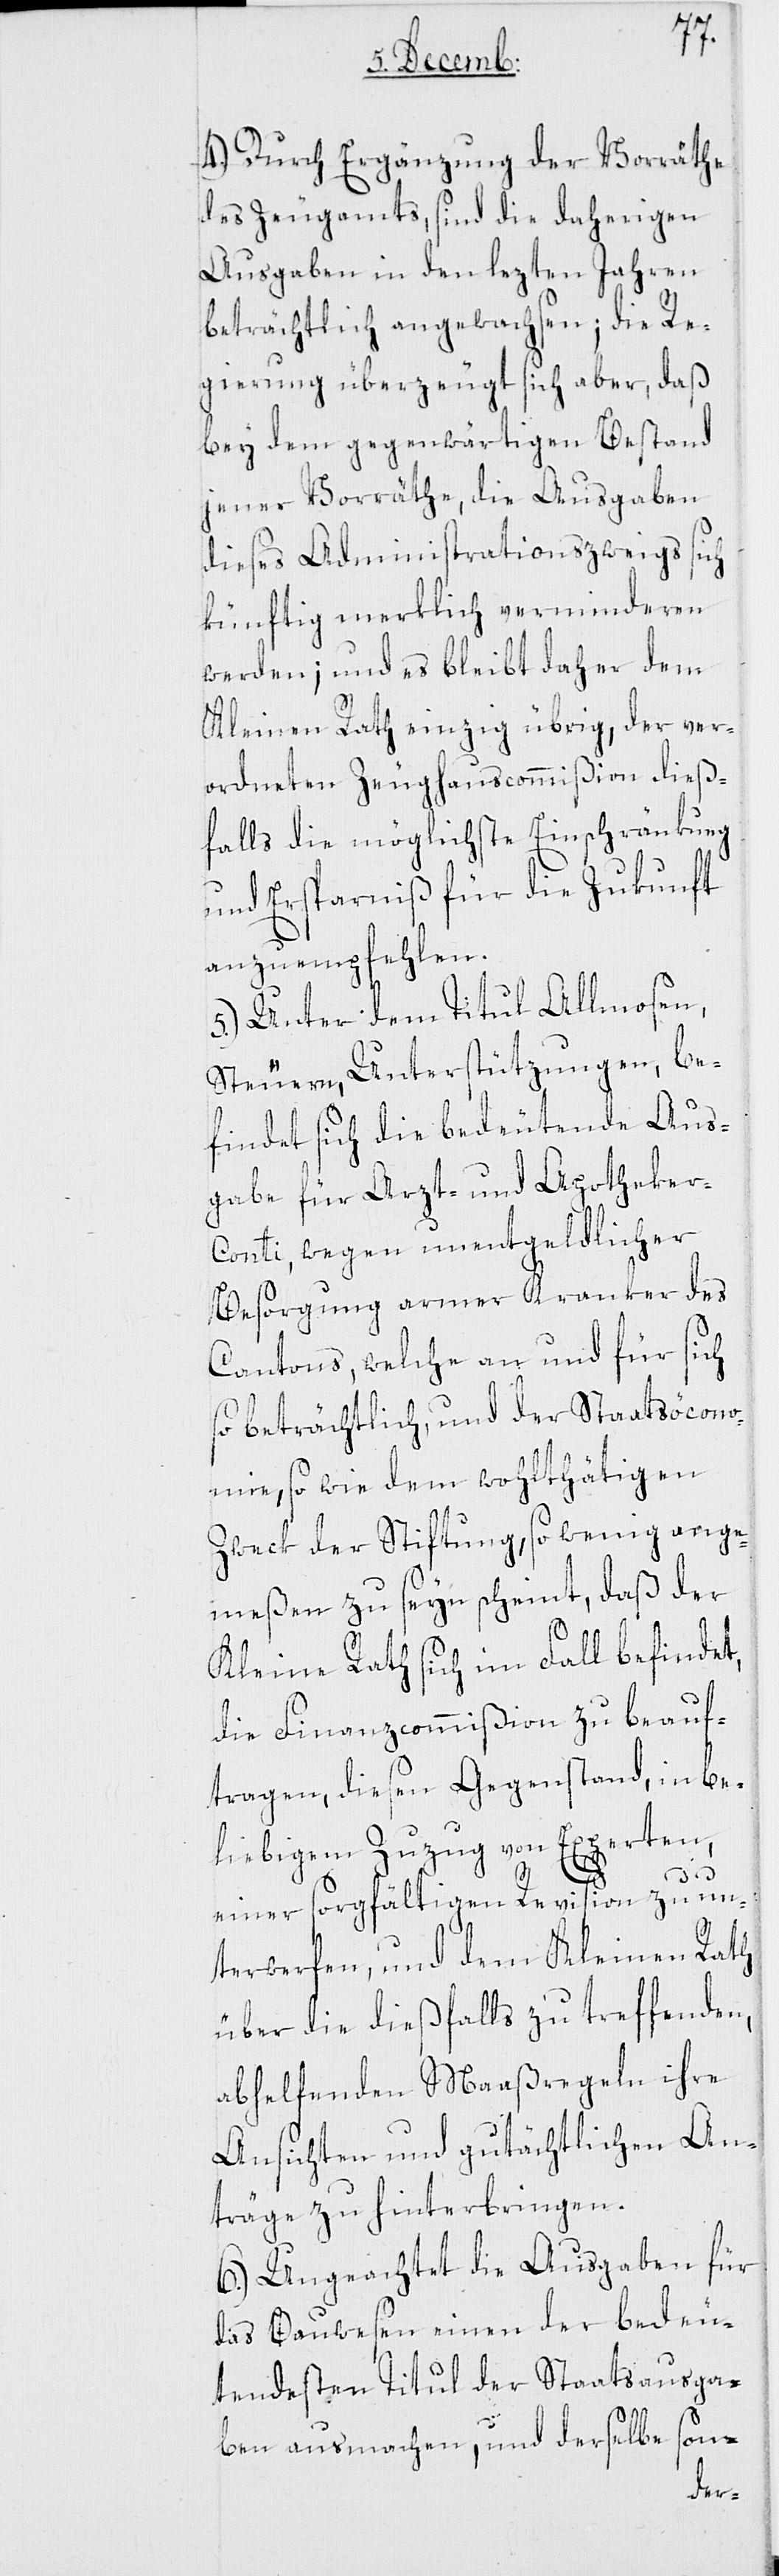
4.) Durch Ergänzung der Vorräthe
des Zeugamts, sind die daherigen
Ausgaben in den lezten Jahren
beträchtlich angewachsen; die Re¬
gierung überzeugt sich aber, daß
bey dem gegenwärtigen Bestand
jener Vorräthe, die Ausgaben
dieses Administrationszweigs sich
künftig merklich verminderen
werden; und es bleibt daher dem
Kleinen Rath einzig übrig, der ver¬
ordneten Zeughauscommißion dieß¬
falls die möglichste Einschränkung
und Ersparniß für die Zukunft
anzuempfehlen.
5.) Unter dem Titul Allmosen,
Steuern, Unterstützungen, be¬
findet sich die bedeutende Aus¬
gabe für Arzt- und Apotheker-C¬
onti, wegen unentgeldlicher
Besorgung armer Kranker des
Cantons, welche an und für sich
so beträchtlich, und der Staatsöcono¬
mie, so wie dem wohlthätigen
Zweck der Stiftung, so wenig ange¬
meßen zu seyn scheint, daß der
Kleine Rath sich im Fall befindet,
die Finanzcommißion zu beauf¬
tragen, diesen Gegenstand, in be¬
liebigem Zuzug von Experten,
einer sorgfältigen Revision zu un¬
terwerfen, und dem Kleinen Rath
über die dießfalls zu treffenden
abhelfenden Maaßregeln ihre
Ansichten und gutächtlichen An¬
träge zu hinterbringen.
6.) Ungeachtet die Ausgaben für
das Bauwesen einen der bedeu¬
tendsten Titul der Staatsausga¬
ben ausmachen, und derselbe son-